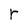
Character: r